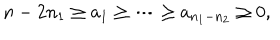
LaTeX: n - 2 n _ { 1 } \geq a _ { 1 } \geq \cdots \geq a _ { n _ { 1 } - n _ { 2 } } \geq 0 ,